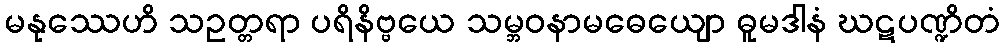
မနုဿေဟိ သဥတ္တရာ ပရိနိဗ္ဗယေ သမ္ဘဝနာမဓေယျော ဓူမဒါနံ ဃဋပဏ္ဍိတံ